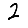
Digit: 2